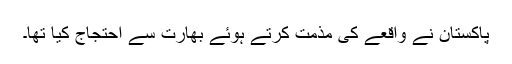
پاکستان نے واقعے کی مذمت کرتے ہوئے بھارت سے احتجاج کیا تھا۔